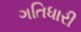
ગતિધારી